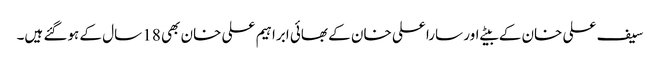
سیف علی خان کے بیٹے اور سارا علی خان کے بھائی ابراہیم علی خان بھی 18 سال کے ہوگئے ہیں۔